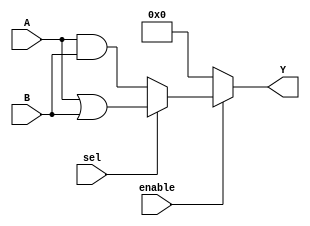
module combinational_logic_block (
    input wire [3:0] A,           // 4-bit input vector
    input wire [3:0] B,           // 4-bit input vector
    input wire sel,               // Multiplexer selection signal
    input wire enable,            // Enable signal
    output wire [3:0] Y           // 4-bit output vector
);

// Internal signals
wire [3:0] and_out;             // AND output
wire [3:0] or_out;              // OR output
wire [3:0] not_out;             // NOT output
wire [3:0] mux_out;             // MUX output

// Combinational logic functions
assign and_out = A & B;         // AND operation
assign or_out = A | B;          // OR operation
assign not_out = ~A;            // NOT operation

// Multiplexer to select output based on sel signal
// If enable is high, output is determined by mux selection
assign mux_out = (enable) ? (sel ? or_out : and_out) : 4'b0000;

// Final output
assign Y = mux_out;

endmodule